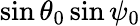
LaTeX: \sin\theta_{0}\sin\psi_{0}